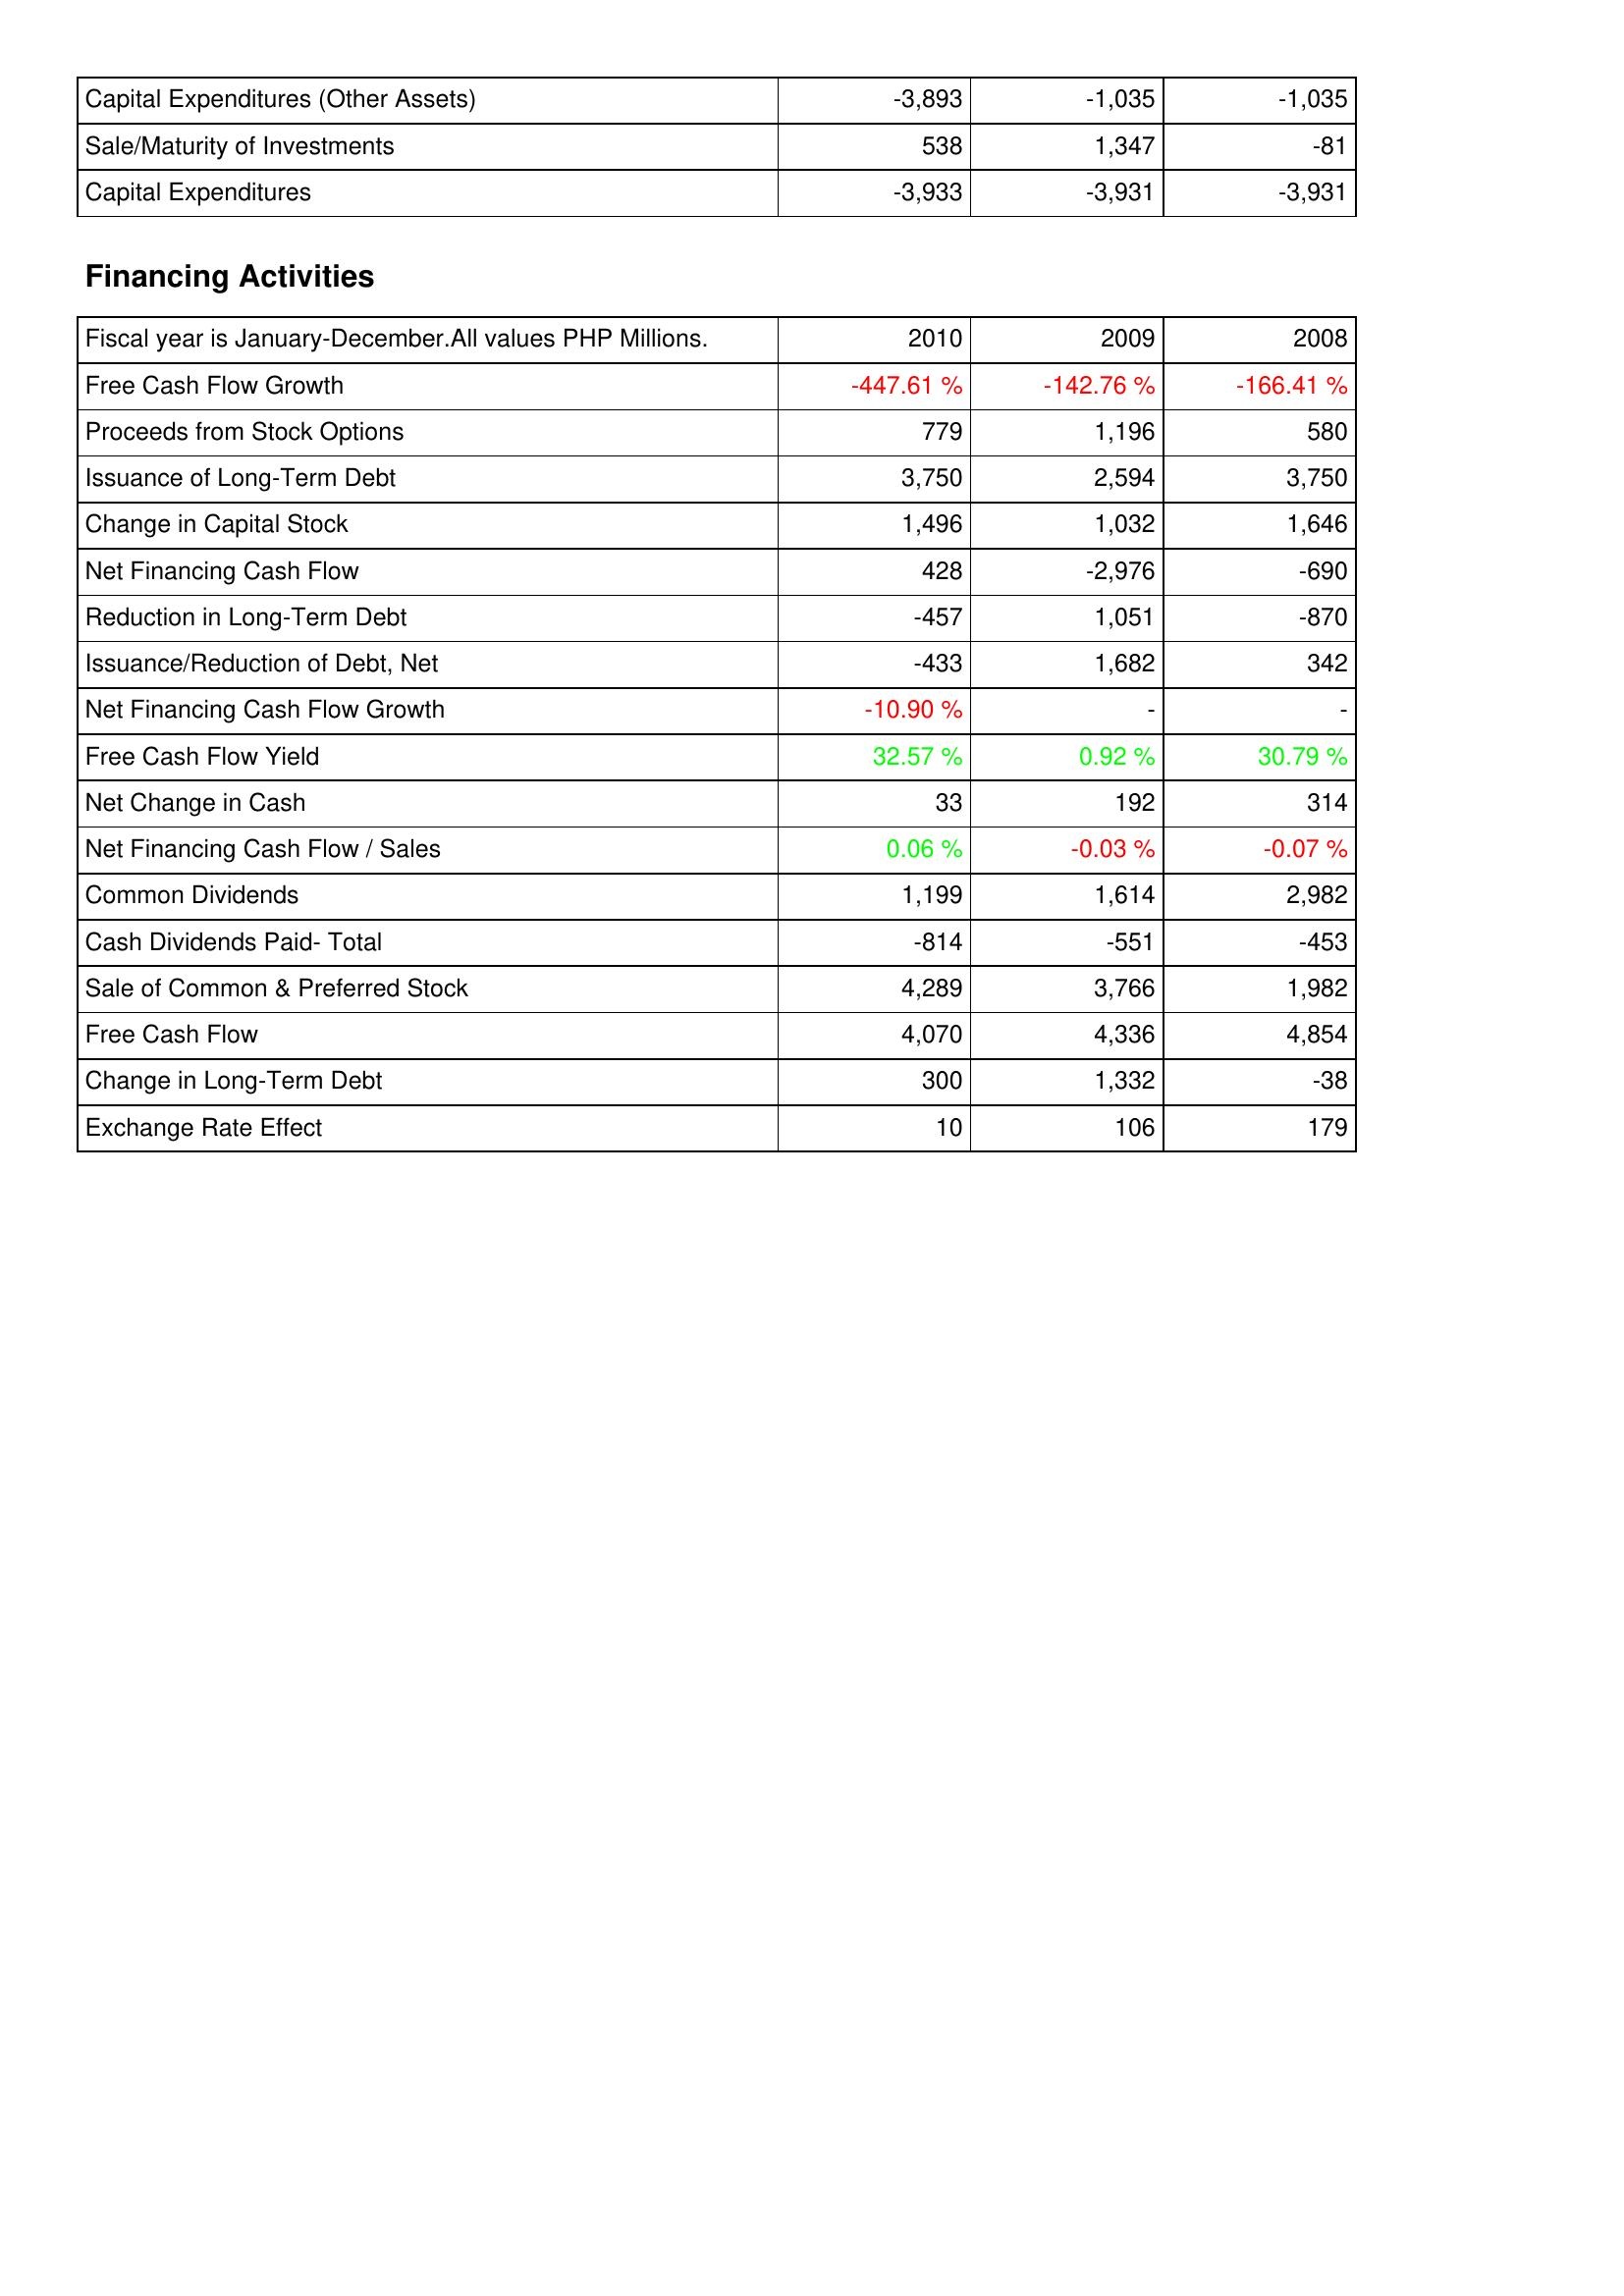
2010: Investing Activities: Capital Expenditures (Other Assets): -3,893
Sale/Maturity of Investments: 538
Capital Expenditures: -3,933
Financing Activities: Free Cash Flow Growth: -447.61 %
Proceeds from Stock Options: 779
Issuance of Long-Term Debt: 3,750
Change in Capital Stock: 1,496
Net Financing Cash Flow: 428
Reduction in Long-Term Debt: -457
Issuance/Reduction of Debt, Net: -433
Net Financing Cash Flow Growth: -10.90 %
Free Cash Flow Yield: 32.57 %
Net Change in Cash: 33
Net Financing Cash Flow / Sales: 0.06 %
Common Dividends: 1,199
Cash Dividends Paid- Total: -814
Sale of Common & Preferred Stock: 4,289
Free Cash Flow: 4,070
Change in Long-Term Debt: 300
Exchange Rate Effect: 10
2009: Investing Activities: Capital Expenditures (Other Assets): -1,035
Sale/Maturity of Investments: 1,347
Capital Expenditures: -3,931
Financing Activities: Free Cash Flow Growth: -142.76 %
Proceeds from Stock Options: 1,196
Issuance of Long-Term Debt: 2,594
Change in Capital Stock: 1,032
Net Financing Cash Flow: -2,976
Reduction in Long-Term Debt: 1,051
Issuance/Reduction of Debt, Net: 1,682
Net Financing Cash Flow Growth: -
Free Cash Flow Yield: 0.92 %
Net Change in Cash: 192
Net Financing Cash Flow / Sales: -0.03 %
Common Dividends: 1,614
Cash Dividends Paid- Total: -551
Sale of Common & Preferred Stock: 3,766
Free Cash Flow: 4,336
Change in Long-Term Debt: 1,332
Exchange Rate Effect: 106
2008: Investing Activities: Capital Expenditures (Other Assets): -1,035
Sale/Maturity of Investments: -81
Capital Expenditures: -3,931
Financing Activities: Free Cash Flow Growth: -166.41 %
Proceeds from Stock Options: 580
Issuance of Long-Term Debt: 3,750
Change in Capital Stock: 1,646
Net Financing Cash Flow: -690
Reduction in Long-Term Debt: -870
Issuance/Reduction of Debt, Net: 342
Net Financing Cash Flow Growth: -
Free Cash Flow Yield: 30.79 %
Net Change in Cash: 314
Net Financing Cash Flow / Sales: -0.07 %
Common Dividends: 2,982
Cash Dividends Paid- Total: -453
Sale of Common & Preferred Stock: 1,982
Free Cash Flow: 4,854
Change in Long-Term Debt: -38
Exchange Rate Effect: 179